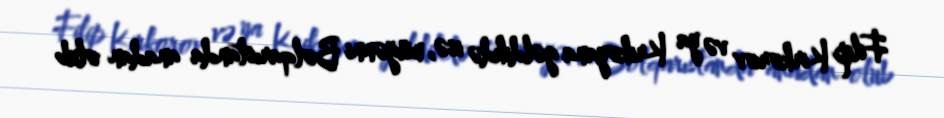
Filip Kirkorov və ya Krikoyana gəldikdə isə, müğənni Bolqarıstanda anadan olub